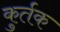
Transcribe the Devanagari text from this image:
कुर्तक